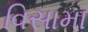
વિસામા